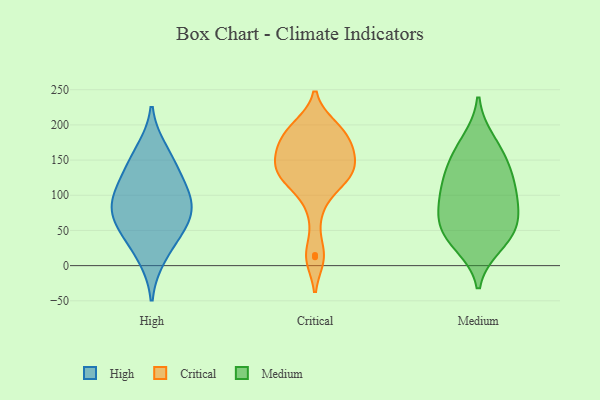
{"axis": {"x": "Tickets Resolved", "y": "Value"}, "legend": ["Critical", "High", "Medium"], "data": [{"x": "", "y": 96, "type": "High"}, {"x": "", "y": 142, "type": "High"}, {"x": "", "y": 95, "type": "High"}, {"x": "", "y": 47, "type": "High"}, {"x": "", "y": 164, "type": "High"}, {"x": "", "y": 67, "type": "High"}, {"x": "", "y": 123, "type": "High"}, {"x": "", "y": 55, "type": "High"}, {"x": "", "y": 12, "type": "High"}, {"x": "", "y": 87, "type": "High"}, {"x": "", "y": 158, "type": "Critical"}, {"x": "", "y": 198, "type": "Critical"}, {"x": "", "y": 15, "type": "Critical"}, {"x": "", "y": 138, "type": "Critical"}, {"x": "", "y": 167, "type": "Critical"}, {"x": "", "y": 122, "type": "Critical"}, {"x": "", "y": 158, "type": "Critical"}, {"x": "", "y": 142, "type": "Critical"}, {"x": "", "y": 118, "type": "Critical"}, {"x": "", "y": 178, "type": "Critical"}, {"x": "", "y": 12, "type": "Critical"}, {"x": "", "y": 198, "type": "Critical"}, {"x": "", "y": 124, "type": "Critical"}, {"x": "", "y": 142, "type": "Critical"}, {"x": "", "y": 181, "type": "Critical"}, {"x": "", "y": 77, "type": "Critical"}, {"x": "", "y": 190, "type": "Critical"}, {"x": "", "y": 122, "type": "Critical"}, {"x": "", "y": 37, "type": "Medium"}, {"x": "", "y": 103, "type": "Medium"}, {"x": "", "y": 177, "type": "Medium"}, {"x": "", "y": 62, "type": "Medium"}, {"x": "", "y": 103, "type": "Medium"}, {"x": "", "y": 129, "type": "Medium"}, {"x": "", "y": 63, "type": "Medium"}, {"x": "", "y": 30, "type": "Medium"}, {"x": "", "y": 158, "type": "Medium"}, {"x": "", "y": 94, "type": "Medium"}, {"x": "", "y": 54, "type": "Medium"}, {"x": "", "y": 141, "type": "Medium"}]}